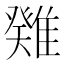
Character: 𩀁